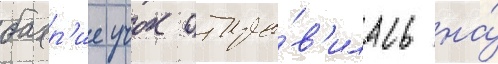
бахр'ие учок отпра́в'илась на́